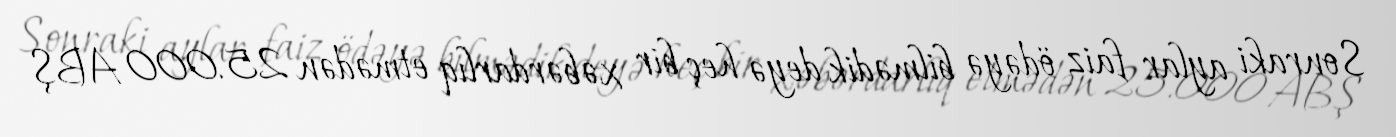
Sonraki aylar faiz ödəyə bilmədik deyə heç bir xəbərdarlıq etmədən 25.000 ABŞ